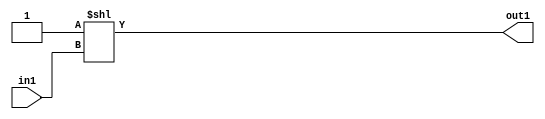
`timescale 1ps / 1ps
/*****************************************************************************
    Verilog RTL Description
    
    
    Created by: Stratus DpOpt 2019.1.04 
*******************************************************************************/

module fir_DECODE_8U_25_4 (
	in1,
	out1
	); /* architecture "behavioural" */ 
input [2:0] in1;
output [7:0] out1;
wire [7:0] asc001;

assign asc001 = 8'B00000001 << in1;

assign out1 = asc001;
endmodule

/* CADENCE  urfwSQo= : u9/ySgnWtBlWxVbRXgAU4eg= ** DO NOT EDIT THIS LINE ******/